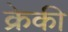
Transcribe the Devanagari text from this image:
क्रेकी